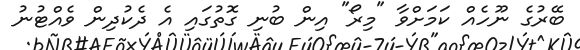
ބޭރުގެ ނޫހެއް ކަމަށްވާ "މިރޯ" އިން ބުނި ގޮތުގައި އެ ދެކުދިން ވެއްޓުނު